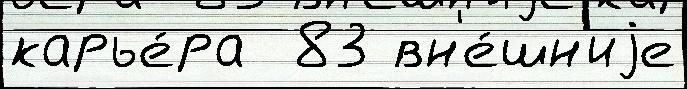
карье́ра  83 вн'е́шн'иjе